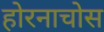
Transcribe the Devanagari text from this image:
होरनाचोस